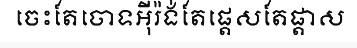
ចេះតែចោទអ៊ីរ៉ង់តែផ្តេសតែផ្តាស